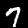
Digit: 7